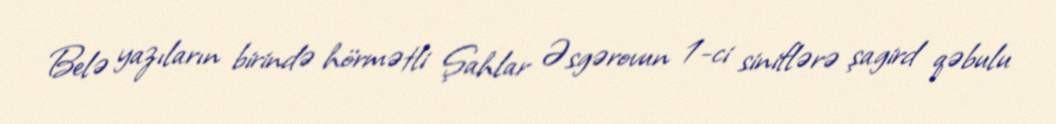
Belə yazıların birində hörmətli Şahlar Əsgərovun 1-ci siniflərə şagird qəbulu